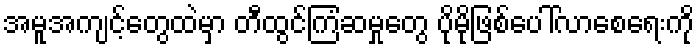
အမူအကျင့်တွေထဲမှာ တီထွင်ကြံဆမှုတွေ ပိုမိုဖြစ်ပေါ်လာစေရေးကို